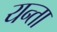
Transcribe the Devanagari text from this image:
यन्ता